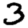
Digit: 3